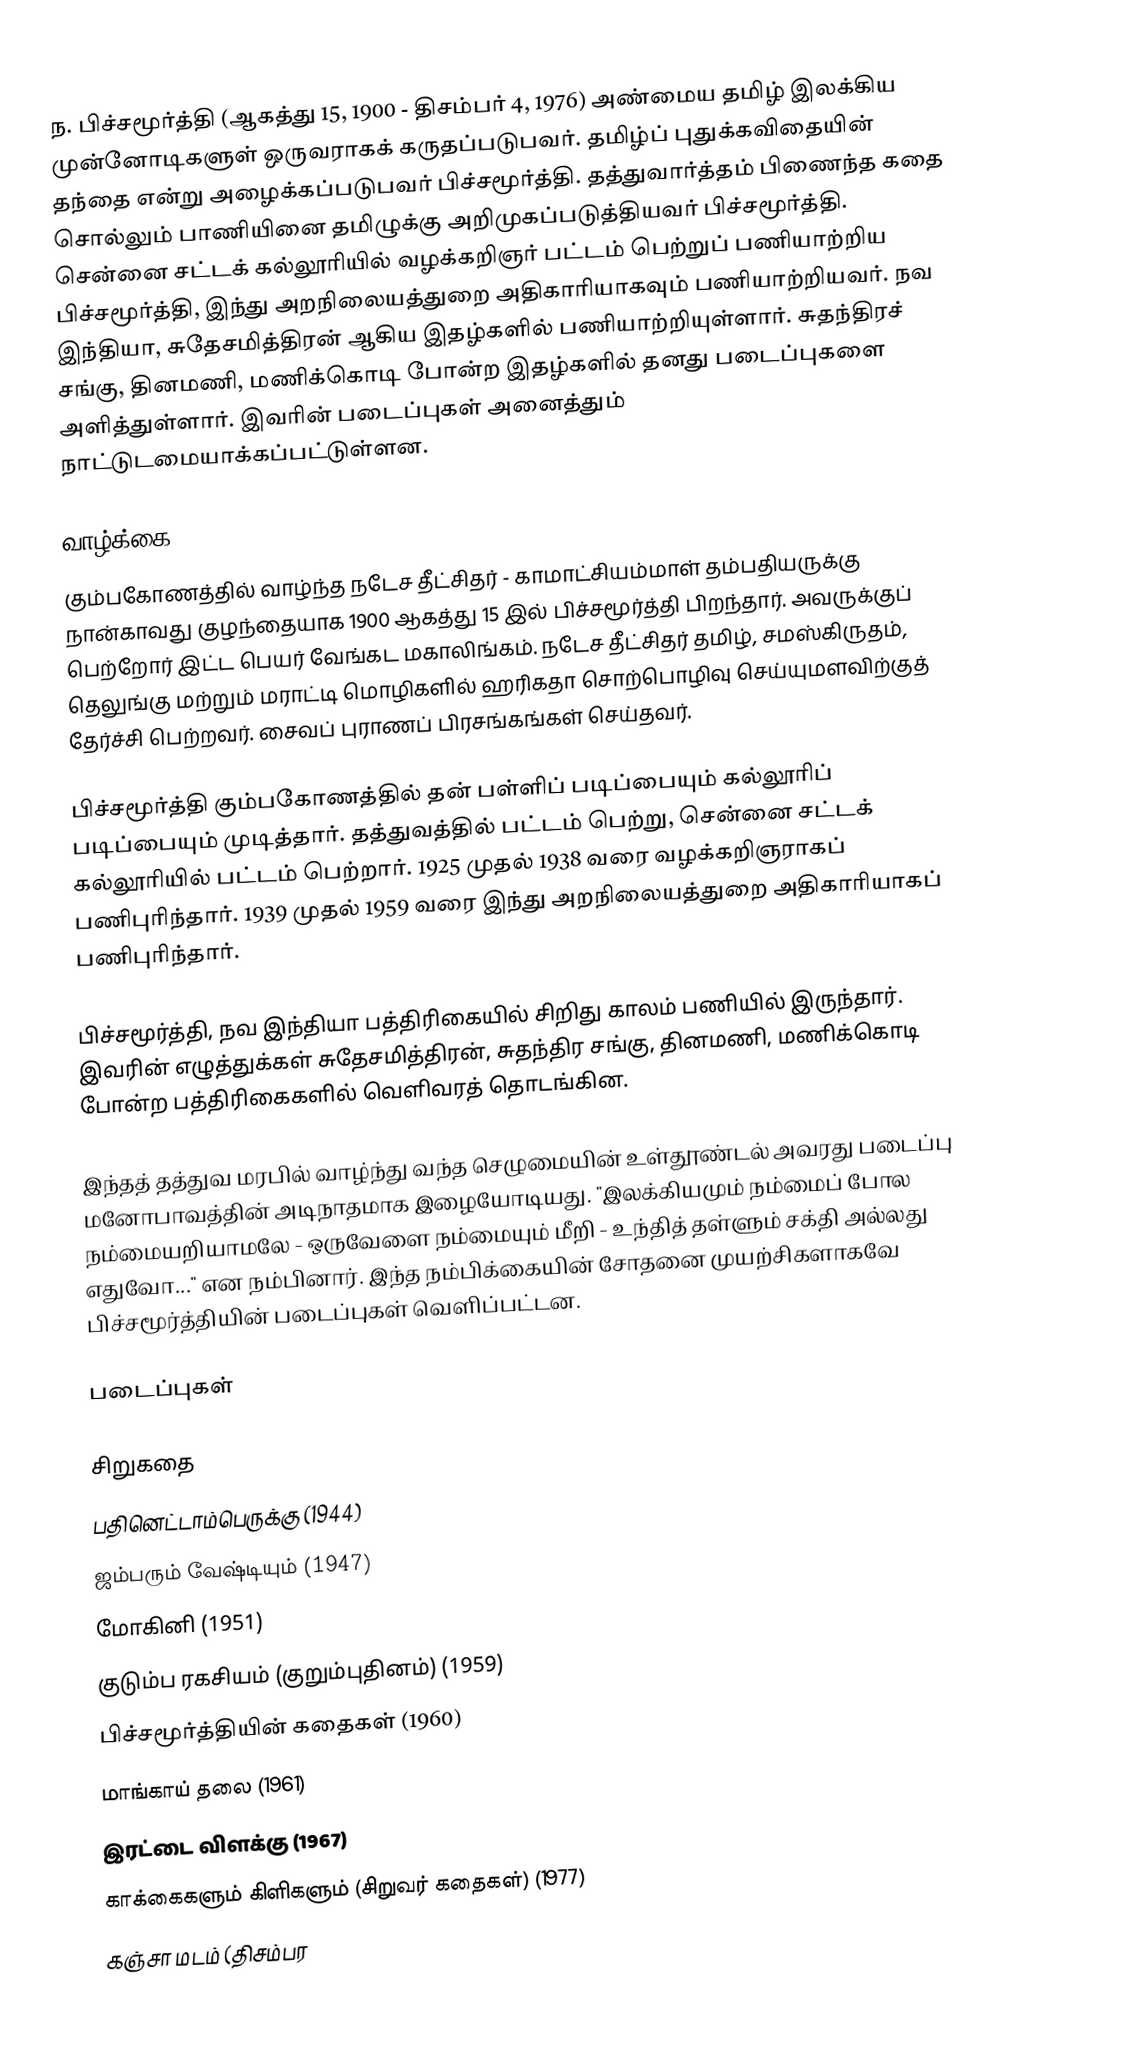
ந. பிச்சமூர்த்தி (ஆகத்து 15, 1900 - திசம்பர் 4, 1976) அண்மைய தமிழ் இலக்கிய முன்னோடிகளுள் ஒருவராகக் கருதப்படுபவர். தமிழ்ப் புதுக்கவிதையின் தந்தை என்று அழைக்கப்படுபவர் பிச்சமூர்த்தி. தத்துவார்த்தம் பிணைந்த கதை சொல்லும் பாணியினை தமிழுக்கு அறிமுகப்படுத்தியவர் பிச்சமூர்த்தி. சென்னை சட்டக் கல்லூரியில் வழக்கறிஞர் பட்டம் பெற்றுப் பணியாற்றிய பிச்சமூர்த்தி, இந்து அறநிலையத்துறை அதிகாரியாகவும் பணியாற்றியவர். நவ இந்தியா, சுதேசமித்திரன் ஆகிய இதழ்களில் பணியாற்றியுள்ளார். சுதந்திரச் சங்கு, தினமணி, மணிக்கொடி போன்ற இதழ்களில் தனது படைப்புகளை அளித்துள்ளார். இவரின் படைப்புகள் அனைத்தும் நாட்டுடமையாக்கப்பட்டுள்ளன.

வாழ்க்கை
கும்பகோணத்தில் வாழ்ந்த நடேச தீட்சிதர் - காமாட்சியம்மாள் தம்பதியருக்கு நான்காவது குழந்தையாக 1900 ஆகத்து 15 இல் பிச்சமூர்த்தி பிறந்தார். அவருக்குப் பெற்றோர் இட்ட பெயர் வேங்கட மகாலிங்கம். நடேச தீட்சிதர் தமிழ், சமஸ்கிருதம், தெலுங்கு மற்றும் மராட்டி மொழிகளில் ஹரிகதா சொற்பொழிவு செய்யுமளவிற்குத் தேர்ச்சி பெற்றவர். சைவப் புராணப் பிரசங்கங்கள் செய்தவர்.

பிச்சமூர்த்தி கும்பகோணத்தில் தன் பள்ளிப் படிப்பையும் கல்லூரிப் படிப்பையும் முடித்தார். தத்துவத்தில் பட்டம் பெற்று, சென்னை சட்டக் கல்லூரியில் பட்டம் பெற்றார். 1925 முதல் 1938 வரை வழக்கறிஞராகப் பணிபுரிந்தார். 1939 முதல் 1959 வரை இந்து அறநிலையத்துறை அதிகாரியாகப் பணிபுரிந்தார்.

பிச்சமூர்த்தி, நவ இந்தியா பத்திரிகையில் சிறிது காலம் பணியில் இருந்தார்.  இவரின் எழுத்துக்கள் சுதேசமித்திரன், சுதந்திர சங்கு, தினமணி, மணிக்கொடி போன்ற பத்திரிகைகளில் வெளிவரத் தொடங்கின.

இந்தத் தத்துவ மரபில் வாழ்ந்து வந்த செழுமையின் உள்தூண்டல் அவரது படைப்பு மனோபாவத்தின் அடிநாதமாக இழையோடியது. "இலக்கியமும் நம்மைப் போல நம்மையறியாமலே - ஒருவேளை நம்மையும் மீறி - உந்தித் தள்ளும் சக்தி அல்லது எதுவோ..." என நம்பினார். இந்த நம்பிக்கையின் சோதனை முயற்சிகளாகவே பிச்சமூர்த்தியின் படைப்புகள் வெளிப்பட்டன.

படைப்புகள்

சிறுகதை
 பதினெட்டாம்பெருக்கு (1944)
 ஜம்பரும் வேஷ்டியும் (1947)
 மோகினி (1951)
 குடும்ப ரகசியம் (குறும்புதினம்) (1959)
 பிச்சமூர்த்தியின் கதைகள் (1960)
 மாங்காய் தலை (1961)
 இரட்டை விளக்கு (1967)
 காக்கைகளும் கிளிகளும் (சிறுவர் கதைகள்) (1977)
 கஞ்சா மடம் (திசம்பர